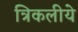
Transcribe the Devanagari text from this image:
त्रिकलीये